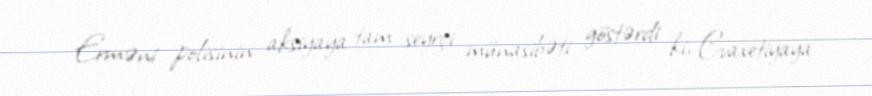
Erməni polisinin aksiyaya tam seyrçi münasibəti göstərdi ki, Cvaxetiyaya